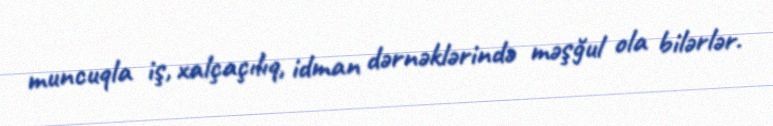
muncuqla iş, xalçaçılıq, idman dərnəklərində məşğul ola bilərlər.